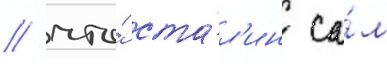
/ что́ ста́л'ин са́м